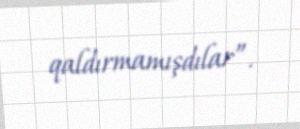
qaldırmamışdılar”.